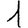
Digit: 1